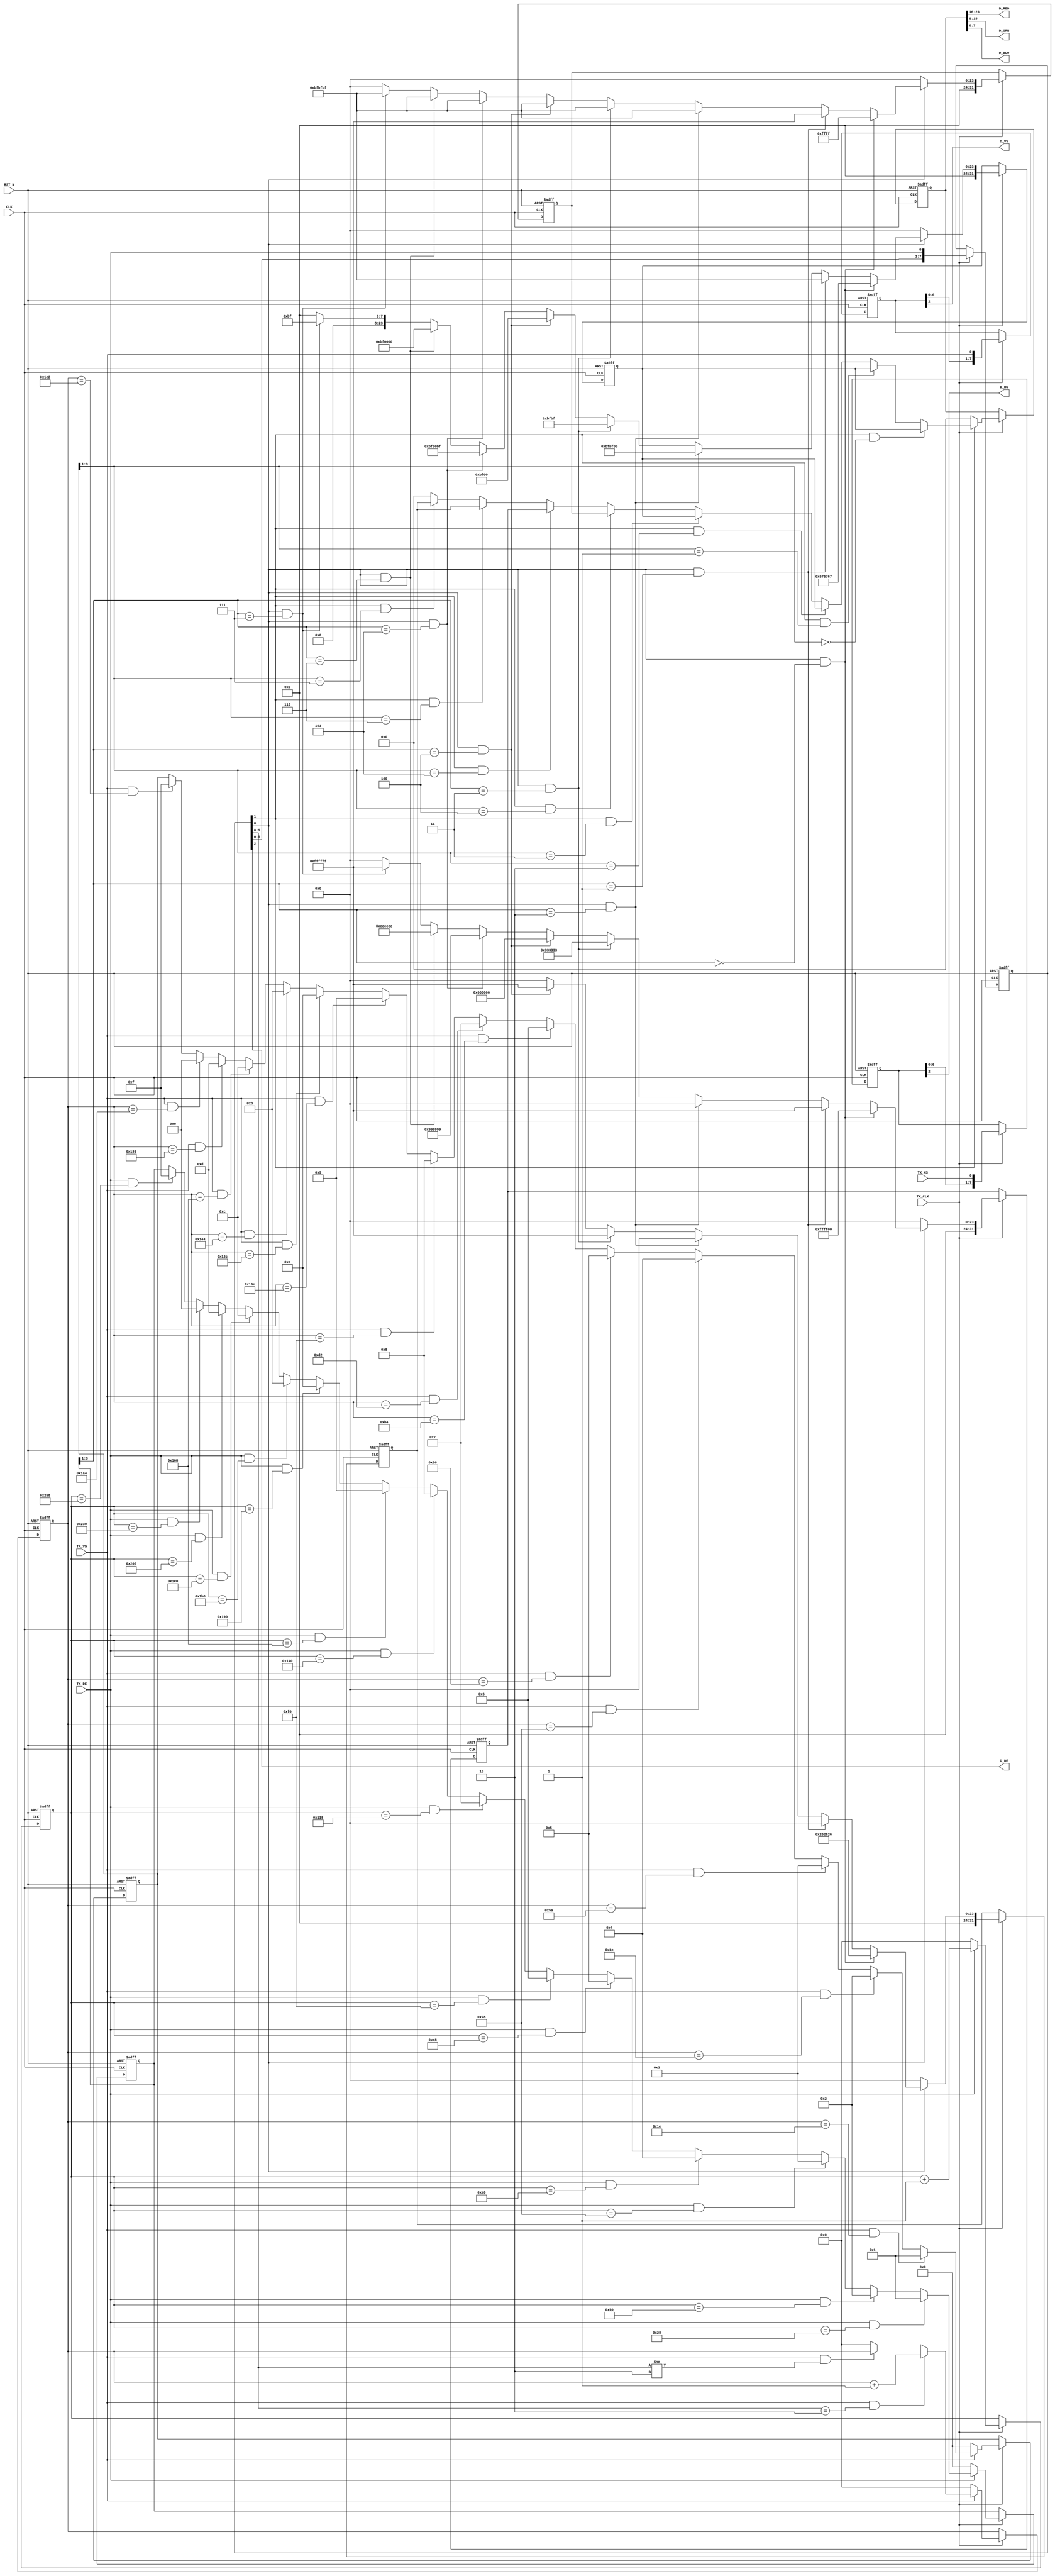
//------------------------------------------------------------------------------
//
//  dispgen.v : display colorbar module
//
//  LICENSE : "as-is"
//  TakeshiNagashima(T.NG) caramelgete@gmail.com
//------------------------------------------------------------------------------
//
//------------------------------------------------------------------------------

module dispgen(
	output	[7:0]	D_RED,				// out   [CRT] [7:0] red
	output	[7:0]	D_GRN,				// out   [CRT] [7:0] green
	output	[7:0]	D_BLU,				// out   [CRT] [7:0] blue
	output			D_HS,				// out   [CRT] #hsync
	output			D_VS,				// out   [CRT] #vsync
	output			D_DE,				// out   [CRT] #blank/de

	input			TX_HS,				// in    [CRT] #hsync
	input			TX_VS,				// in    [CRT] #vsync
	input			TX_DE,				// in    [CRT] #blank
	input			TX_CLK,				// in    [CRT] cke

	input			RST_N,				// in    [CRT] #reset
	input			CLK					// in    [CRT] clock
);

//--------------------------------------------------------------
//  constant

//--------------------------------------------------------------
//  signal

	wire	[31:0] data_out;
	wire	hsync_out_n;
	wire	vsync_out_n;
	wire	blank_out_n;

	wire	[31:0] data_out_w;
	reg		[31:0] data_out_r;
	wire	[7:0] hsync_out_n_w;
	reg		[7:0] hsync_out_n_r;
	wire	[7:0] vsync_out_n_w;
	reg		[7:0] vsync_out_n_r;
	wire	[7:0] blank_out_n_w;
	reg		[7:0] blank_out_n_r;


//--------------------------------------------------------------
//  design

	// ---- display signal ----

	assign D_RED[7:0]=data_out[23:16];
	assign D_GRN[7:0]=data_out[15:8];
	assign D_BLU[7:0]=data_out[7:0];
	assign D_HS=hsync_out_n;
	assign D_VS=vsync_out_n;
	assign D_DE=blank_out_n;

//	assign D_RED[7:0]=8'b0;
//	assign D_GRN[7:0]=8'b0;
//	assign D_BLU[7:0]=8'b0;
//	assign D_HS=TX_HS;
//	assign D_VS=TX_VS;
//	assign D_DE=TX_DE;


	// ---- data output control ----

	assign data_out[31:0]=data_out_r[31:0];
	assign hsync_out_n=hsync_out_n_r[2];
	assign vsync_out_n=vsync_out_n_r[2];
	assign blank_out_n=blank_out_n_r[2];

	wire	[31:0] data_select0_w;
	wire	[31:0] data_select1_w;
	wire	[31:0] data_select2_w;
	wire	[31:0] data_select3_w;
	reg		[31:0] data_select0_r;
	reg		[31:0] data_select1_r;
	reg		[31:0] data_select2_r;
	reg		[31:0] data_select3_r;

	wire	[11:0] hdisp_count_w;
	wire	[11:0] vdisp_count_w;
	wire	[3:0] hdisp_select_w;
	wire	[3:0] vdisp_select_w;
	reg		[11:0] hdisp_count_r;
	reg		[11:0] vdisp_count_r;
	reg		[3:0] hdisp_select_r;
	reg		[3:0] vdisp_select_r;

	always @(posedge CLK or negedge RST_N)
	begin
		if (RST_N==1'b0)
			begin
				data_out_r[31:0] <= 32'h00000000;
				hsync_out_n_r[7:0] <= 8'b00;
				vsync_out_n_r[7:0] <= 8'b00;
				blank_out_n_r[7:0] <= 8'b00;

				data_select0_r[31:0] <= 32'h00000000;
				data_select1_r[31:0] <= 32'h00000000;
				data_select2_r[31:0] <= 32'h00000000;
				data_select3_r[31:0] <= 32'h00000000;
				hdisp_count_r[11:0] <= 12'b00;
				vdisp_count_r[11:0] <= 12'b00;
				hdisp_select_r[3:0] <= 4'b00;
				vdisp_select_r[3:0] <= 4'b00;
			end
		else
			begin
				data_out_r[31:0] <= (TX_CLK==1'b1) ? data_out_w[31:0] : data_out_r[31:0];
				hsync_out_n_r[7:0] <= (TX_CLK==1'b1) ? hsync_out_n_w[7:0] : hsync_out_n_r[7:0];
				vsync_out_n_r[7:0] <= (TX_CLK==1'b1) ? vsync_out_n_w[7:0] : vsync_out_n_r[7:0];
				blank_out_n_r[7:0] <= (TX_CLK==1'b1) ? blank_out_n_w[7:0] : blank_out_n_r[7:0];

				data_select0_r[31:0] <= (TX_CLK==1'b1) ? data_select0_w[31:0] : data_select0_r[31:0];
				data_select1_r[31:0] <= (TX_CLK==1'b1) ? data_select1_w[31:0] : data_select1_r[31:0];
				data_select2_r[31:0] <= (TX_CLK==1'b1) ? data_select2_w[31:0] : data_select2_r[31:0];
				data_select3_r[31:0] <= (TX_CLK==1'b1) ? data_select3_w[31:0] : data_select3_r[31:0];
				hdisp_count_r[11:0] <= (TX_CLK==1'b1) ? hdisp_count_w[11:0] : hdisp_count_r[11:0];
				vdisp_count_r[11:0] <= (TX_CLK==1'b1) ? vdisp_count_w[11:0] : vdisp_count_r[11:0];
				hdisp_select_r[3:0] <= (TX_CLK==1'b1) ? hdisp_select_w[3:0] : hdisp_select_r[3:0];
				vdisp_select_r[3:0] <= (TX_CLK==1'b1) ? vdisp_select_w[3:0] : vdisp_select_r[3:0];
			end
	end

	assign hsync_out_n_w[7:0]={hsync_out_n_r[6:0],TX_HS};
	assign vsync_out_n_w[7:0]={vsync_out_n_r[6:0],TX_VS};
	assign blank_out_n_w[7:0]={blank_out_n_r[6:0],TX_DE};

	assign data_out_w[31:0]=
			(blank_out_n_r[1]==1'b0) ? {8'h00,24'h000000} :
			(blank_out_n_r[1]==1'b1) & (vdisp_select_r[3:1]==3'h0) ? data_select0_r[31:0] :
			(blank_out_n_r[1]==1'b1) & (vdisp_select_r[3:1]==3'h1) ? data_select0_r[31:0] :
			(blank_out_n_r[1]==1'b1) & (vdisp_select_r[3:1]==3'h2) ? data_select0_r[31:0] :
			(blank_out_n_r[1]==1'b1) & (vdisp_select_r[3:1]==3'h3) ? data_select0_r[31:0] :
			(blank_out_n_r[1]==1'b1) & (vdisp_select_r[3:1]==3'h4) ? data_select1_r[31:0] :
			(blank_out_n_r[1]==1'b1) & (vdisp_select_r[3:1]==3'h5) ? data_select2_r[31:0] :
			(blank_out_n_r[1]==1'b1) & (vdisp_select_r[3:1]==3'h6) ? data_select3_r[31:0] :
			(blank_out_n_r[1]==1'b1) & (vdisp_select_r[3:1]==3'h7) ? data_select3_r[31:0] :
			32'h00000000;

	assign data_select0_w[31:0]=
			(blank_out_n_r[0]==1'b0) ? {8'h00,24'h000000} :
			(blank_out_n_r[0]==1'b1) & (hdisp_select_r[3:1]==3'h0) ? {8'h00,24'h676767} :	// 40% gray
			(blank_out_n_r[0]==1'b1) & (hdisp_select_r[3:1]==3'h1) ? {8'h00,24'hbfbfbf} :	// 75% gray
			(blank_out_n_r[0]==1'b1) & (hdisp_select_r[3:1]==3'h2) ? {8'h00,24'hbfbf00} :	// 75% yellow
			(blank_out_n_r[0]==1'b1) & (hdisp_select_r[3:1]==3'h3) ? {8'h00,24'h00bfbf} :	// 75% cyan
			(blank_out_n_r[0]==1'b1) & (hdisp_select_r[3:1]==3'h4) ? {8'h00,24'h00bf00} :	// 75% green
			(blank_out_n_r[0]==1'b1) & (hdisp_select_r[3:1]==3'h5) ? {8'h00,24'hbf00bf} :	// 75% magenda
			(blank_out_n_r[0]==1'b1) & (hdisp_select_r[3:1]==3'h6) ? {8'h00,24'hbf0000} :	// 75% red
			(blank_out_n_r[0]==1'b1) & (hdisp_select_r[3:1]==3'h7) ? {8'h00,24'h0000bf} :	// 75% blu
			32'h00000000;

	assign data_select1_w[31:0]=
			(blank_out_n_r[0]==1'b0) ? {8'h00,24'h000000} :
			(blank_out_n_r[0]==1'b1) & (hdisp_select_r[3:1]==3'h0) ? {8'h00,24'h00ffff} :	// 100% cyan
			(blank_out_n_r[0]==1'b1) & (hdisp_select_r[3:1]==3'h1) ? {8'h00,24'hffffff} :	// 100% white
			(blank_out_n_r[0]==1'b1) & (hdisp_select_r[3:1]==3'h2) ? {8'h00,24'hbfbfbf} :	// 75% black
			(blank_out_n_r[0]==1'b1) & (hdisp_select_r[3:1]==3'h3) ? {8'h00,24'hbfbfbf} :	// 75% gray
			(blank_out_n_r[0]==1'b1) & (hdisp_select_r[3:1]==3'h4) ? {8'h00,24'hbfbfbf} :	// 75% gray
			(blank_out_n_r[0]==1'b1) & (hdisp_select_r[3:1]==3'h5) ? {8'h00,24'hbfbfbf} :	// 75% gray
			(blank_out_n_r[0]==1'b1) & (hdisp_select_r[3:1]==3'h6) ? {8'h00,24'hbfbfbf} :	// 75% gray
			(blank_out_n_r[0]==1'b1) & (hdisp_select_r[3:1]==3'h7) ? {8'h00,24'hbfbfbf} :	// 75% white
			32'h00000000;

	assign data_select2_w[31:0]=
			(blank_out_n_r[0]==1'b0) ? {8'h00,24'h000000} :
			(blank_out_n_r[0]==1'b1) & (hdisp_select_r[3:1]==3'h0) ? {8'h00,24'hffff00} :	// 100% yellow
			(blank_out_n_r[0]==1'b1) & (hdisp_select_r[3:1]==3'h1) ? {8'h00,24'hffffff} :	// 100% white
			(blank_out_n_r[0]==1'b1) & (hdisp_select_r[3:1]==3'h2) ? {8'h00,24'h000000} :	// 00% black
			(blank_out_n_r[0]==1'b1) & (hdisp_select_r[3:1]==3'h3) ? {8'h00,24'h333333} :	// 20% gray
			(blank_out_n_r[0]==1'b1) & (hdisp_select_r[3:1]==3'h4) ? {8'h00,24'h666666} :	// 40% gray
			(blank_out_n_r[0]==1'b1) & (hdisp_select_r[3:1]==3'h5) ? {8'h00,24'h999999} :	// 60% gray
			(blank_out_n_r[0]==1'b1) & (hdisp_select_r[3:1]==3'h6) ? {8'h00,24'hcccccc} :	// 80% gray
			(blank_out_n_r[0]==1'b1) & (hdisp_select_r[3:1]==3'h7) ? {8'h00,24'hffffff} :	// 100% white
			32'h00000000;

	assign data_select3_w[31:0]=
			(blank_out_n_r[0]==1'b0) ? {8'h00,24'h000000} :
			(blank_out_n_r[0]==1'b1) & (hdisp_select_r[3:1]==3'h0) ? {8'h00,24'h262626} :	// 15% gray
			(blank_out_n_r[0]==1'b1) & (hdisp_select_r[3:1]==3'h1) ? {8'h00,24'h000000} :	// 00% black
			(blank_out_n_r[0]==1'b1) & (hdisp_select_r[3:1]==3'h2) ? {8'h00,24'h000000} :	// 00% black
			(blank_out_n_r[0]==1'b1) & (hdisp_select_r[3:1]==3'h3) ? {8'h00,24'hffffff} :	// 100% white
			(blank_out_n_r[0]==1'b1) & (hdisp_select_r[3:1]==3'h4) ? {8'h00,24'hffffff} :	// 100% white
			(blank_out_n_r[0]==1'b1) & (hdisp_select_r[3:1]==3'h5) ? {8'h00,24'h000000} :	// 00% black
			(blank_out_n_r[0]==1'b1) & (hdisp_select_r[3:1]==3'h6) ? {8'h00,24'h000000} :	// 00% black
			(blank_out_n_r[0]==1'b1) & (hdisp_select_r[3:1]==3'h7) ? {8'h00,24'h000000} :	// 00% black
			32'h00000000;

	assign hdisp_count_w[11:0]=(TX_DE==1'b0) ? 12'h0 : hdisp_count_r[11:0]+12'h001;
	assign vdisp_count_w[11:0]=
			(TX_VS==1'b0) ? 12'h0 :
			(TX_VS==1'b1) & (blank_out_n_r[1:0]==2'b10) ? vdisp_count_r[11:0]+12'h001 :
			(TX_VS==1'b1) & (blank_out_n_r[1:0]!=2'b10) ? vdisp_count_r[11:0] :
			12'h0;

	assign hdisp_select_w[3:0]=
			(TX_DE==1'b0) ? 4'h0 :
			(TX_DE==1'b1) & (hdisp_count_r[11:0]==12'h028) ? 4'h1 :
			(TX_DE==1'b1) & (hdisp_count_r[11:0]==12'h050) ? 4'h2 :
			(TX_DE==1'b1) & (hdisp_count_r[11:0]==12'h078) ? 4'h3 :
			(TX_DE==1'b1) & (hdisp_count_r[11:0]==12'h0a0) ? 4'h4 :
			(TX_DE==1'b1) & (hdisp_count_r[11:0]==12'h0c8) ? 4'h5 :
			(TX_DE==1'b1) & (hdisp_count_r[11:0]==12'h0f0) ? 4'h6 :
			(TX_DE==1'b1) & (hdisp_count_r[11:0]==12'h118) ? 4'h7 :
			(TX_DE==1'b1) & (hdisp_count_r[11:0]==12'h140) ? 4'h8 :
			(TX_DE==1'b1) & (hdisp_count_r[11:0]==12'h168) ? 4'h9 :
			(TX_DE==1'b1) & (hdisp_count_r[11:0]==12'h190) ? 4'ha :
			(TX_DE==1'b1) & (hdisp_count_r[11:0]==12'h1b8) ? 4'hb :
			(TX_DE==1'b1) & (hdisp_count_r[11:0]==12'h1e0) ? 4'hc :
			(TX_DE==1'b1) & (hdisp_count_r[11:0]==12'h208) ? 4'hd :
			(TX_DE==1'b1) & (hdisp_count_r[11:0]==12'h230) ? 4'he :
			(TX_DE==1'b1) & (hdisp_count_r[11:0]==12'h258) ? 4'hf :
			hdisp_select_r[3:0];
	assign vdisp_select_w[3:0]=
			(TX_VS==1'b0) ? 4'h0 :
			(TX_VS==1'b1) & (vdisp_count_r[11:0]==12'h01e) ? 4'h1 :
			(TX_VS==1'b1) & (vdisp_count_r[11:0]==12'h03c) ? 4'h2 :
			(TX_VS==1'b1) & (vdisp_count_r[11:0]==12'h05a) ? 4'h3 :
			(TX_VS==1'b1) & (vdisp_count_r[11:0]==12'h078) ? 4'h4 :
			(TX_VS==1'b1) & (vdisp_count_r[11:0]==12'h096) ? 4'h5 :
			(TX_VS==1'b1) & (vdisp_count_r[11:0]==12'h0b4) ? 4'h6 :
			(TX_VS==1'b1) & (vdisp_count_r[11:0]==12'h0d2) ? 4'h7 :
			(TX_VS==1'b1) & (vdisp_count_r[11:0]==12'h0f0) ? 4'h8 :
			(TX_VS==1'b1) & (vdisp_count_r[11:0]==12'h10e) ? 4'h9 :
			(TX_VS==1'b1) & (vdisp_count_r[11:0]==12'h12c) ? 4'ha :
			(TX_VS==1'b1) & (vdisp_count_r[11:0]==12'h14a) ? 4'hb :
			(TX_VS==1'b1) & (vdisp_count_r[11:0]==12'h168) ? 4'hc :
			(TX_VS==1'b1) & (vdisp_count_r[11:0]==12'h186) ? 4'hd :
			(TX_VS==1'b1) & (vdisp_count_r[11:0]==12'h1a4) ? 4'he :
			(TX_VS==1'b1) & (vdisp_count_r[11:0]==12'h1c2) ? 4'hf :
			vdisp_select_r[3:0];

endmodule